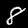
Digit: 8